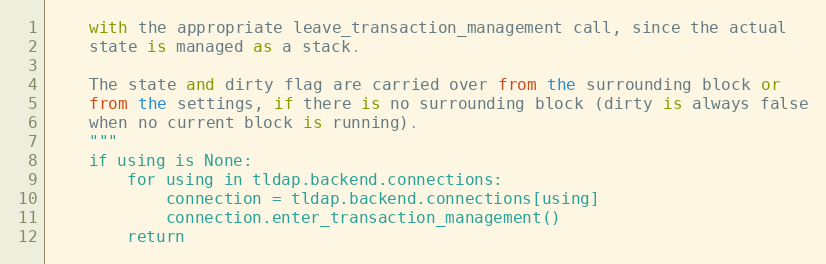
Language: Python
    with the appropriate leave_transaction_management call, since the actual
    state is managed as a stack.

    The state and dirty flag are carried over from the surrounding block or
    from the settings, if there is no surrounding block (dirty is always false
    when no current block is running).
    """
    if using is None:
        for using in tldap.backend.connections:
            connection = tldap.backend.connections[using]
            connection.enter_transaction_management()
        return